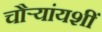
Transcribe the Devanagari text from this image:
चौऱ्यांयशीं